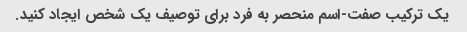
یک ترکیب صفت-اسم منحصر به فرد برای توصیف یک شخص ایجاد کنید.